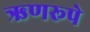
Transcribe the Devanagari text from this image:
ऋणरूपे